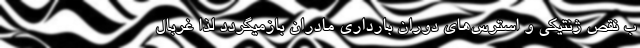
ب نقص ژنتیکی و استرس‌های دوران بارداری مادران بازمیگردد لذا غربال